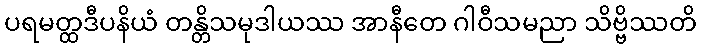
ပရမတ္ထဒီပနိယံ တန္တိသမုဒါယဿ အာနီတေ ဂါဝီသမညာ သိဗ္ဗိဿတိ